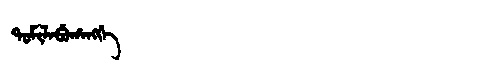
Manchu: ᡨᠣᠮᡳᠯᠠᠪᡠᡥᠠᠩᡤᡝ
Romanization: TOMILABUHANGGE